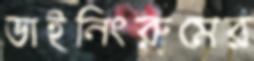
ডাইনিংরুমের